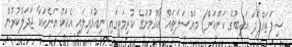
ސިފަތައްފަދަ ޣައިބުގެ ކަންކަން) މައްސަލަތައް ޢާއްމުންގެ ކުރިމަތީގައި ނިއުޅައިލައި އެކަކު އަނެކަކާ ޖަދަލުކުރުން